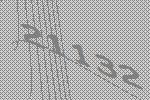
21132